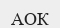
АОК